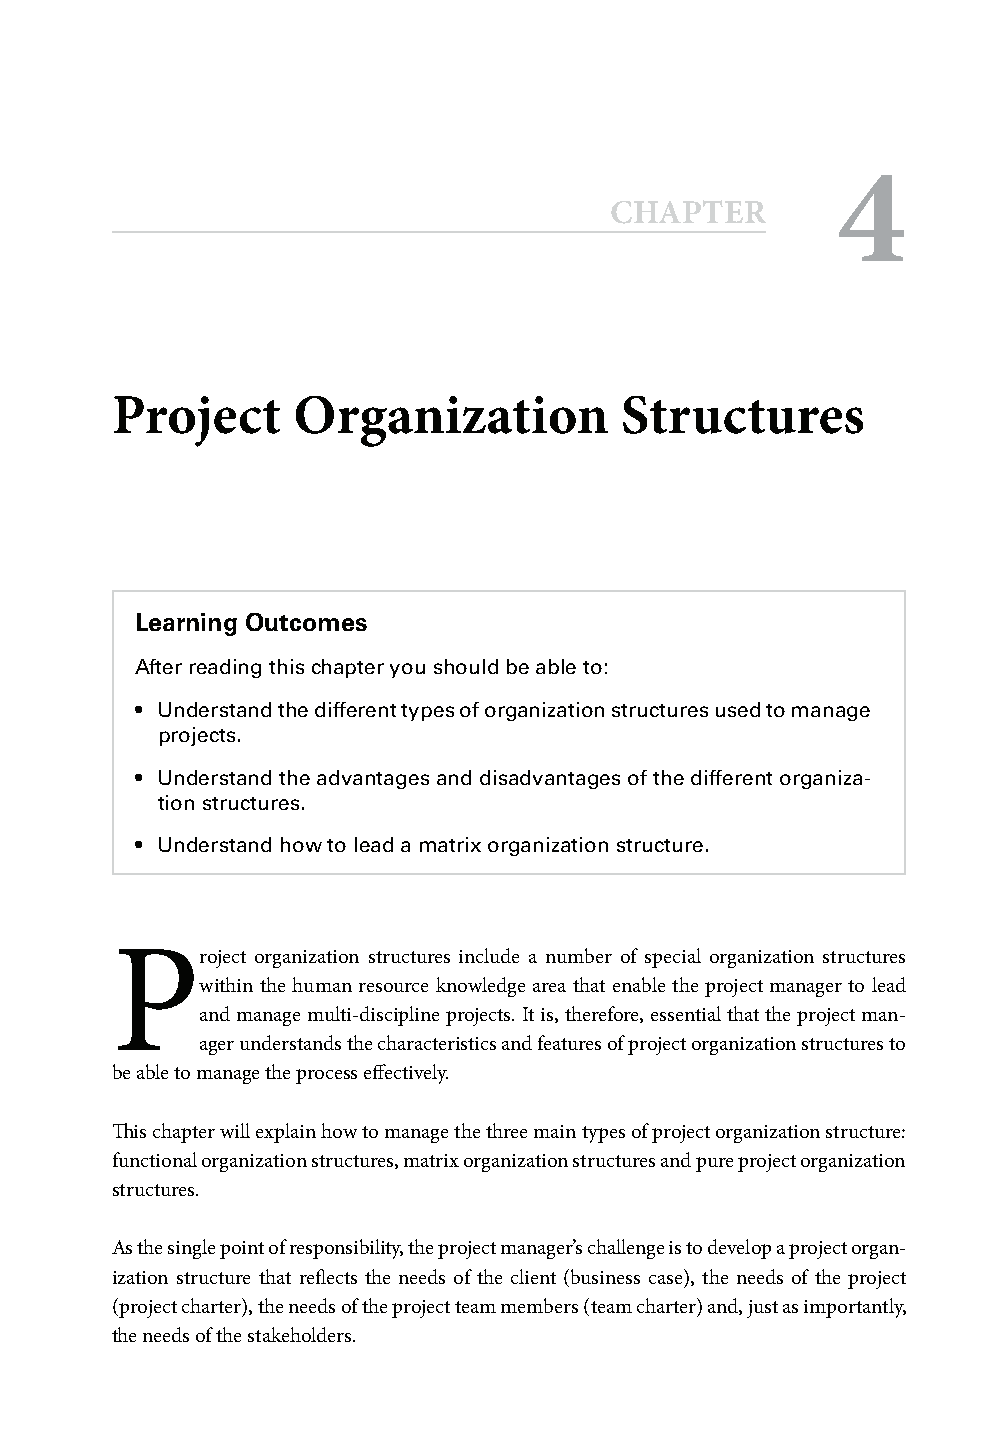
4
 CHAPTER
 Project     Organization          Structures
 Learning Outcomes
 After reading this chapter you should be able to:
 • Understand the different types of organization structures used to manage
 projects.
 • Understand the advantages and disadvantages of the different organiza-
 tion structures.
 • Understand how to lead a matrix organization structure.
 P
 roject organization structures include a number of special organization structures
 within the human resource knowledge area that enable the project manager to lead
 and manage multi-discipline projects. It is, therefore, essential that the project man-
 ager understands the characteristics and features of project organization structures to
 be able to manage the process eff ectively.
 Th is chapter will explain how to manage the three main types of project organization structure:
 functional organization structures, matrix organization structures and pure project organization
 structures.
 As the single point of responsibility, the project manager’s challenge is to develop a project organ-
 ization structure that refl ects the needs of the client (business case), the needs of the project
 (project charter), the needs of the project team members (team charter) and, just as importantly,
 the needs of the stakeholders.